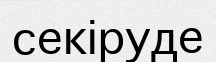
секіруде